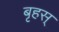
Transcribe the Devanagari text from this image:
बृहस्